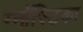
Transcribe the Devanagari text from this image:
ग्नॉस्टिका